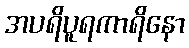
အပရိပူရကာရိနော